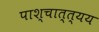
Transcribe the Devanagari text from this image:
पाश्चात्त्यय